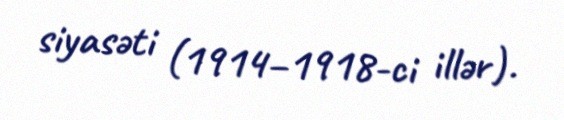
siyasəti (1914–1918-ci illər).